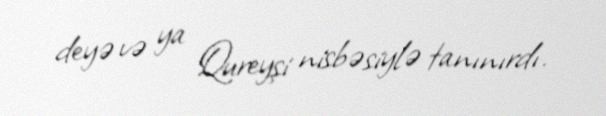
deyə və ya Qureyşi nisbəsiylə tanınırdı.